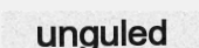
unguled